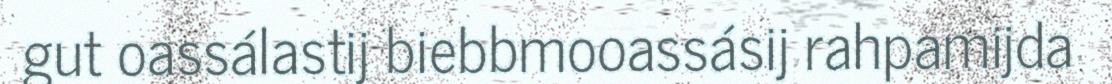
gut oassálastij biebbmooassásij rahpamijda